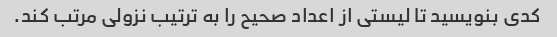
کدی بنویسید تا لیستی از اعداد صحیح را به ترتیب نزولی مرتب کند.